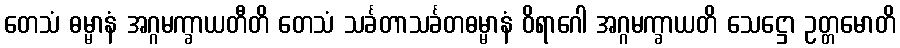
တေသံ ဓမ္မာနံ အဂ္ဂမက္ခာယတီတိ တေသံ သင်္ခတာသင်္ခတဓမ္မာနံ ဝိရာဂေါ အဂ္ဂမက္ခာယတိ သေဋ္ဌော ဥတ္တမောတိ